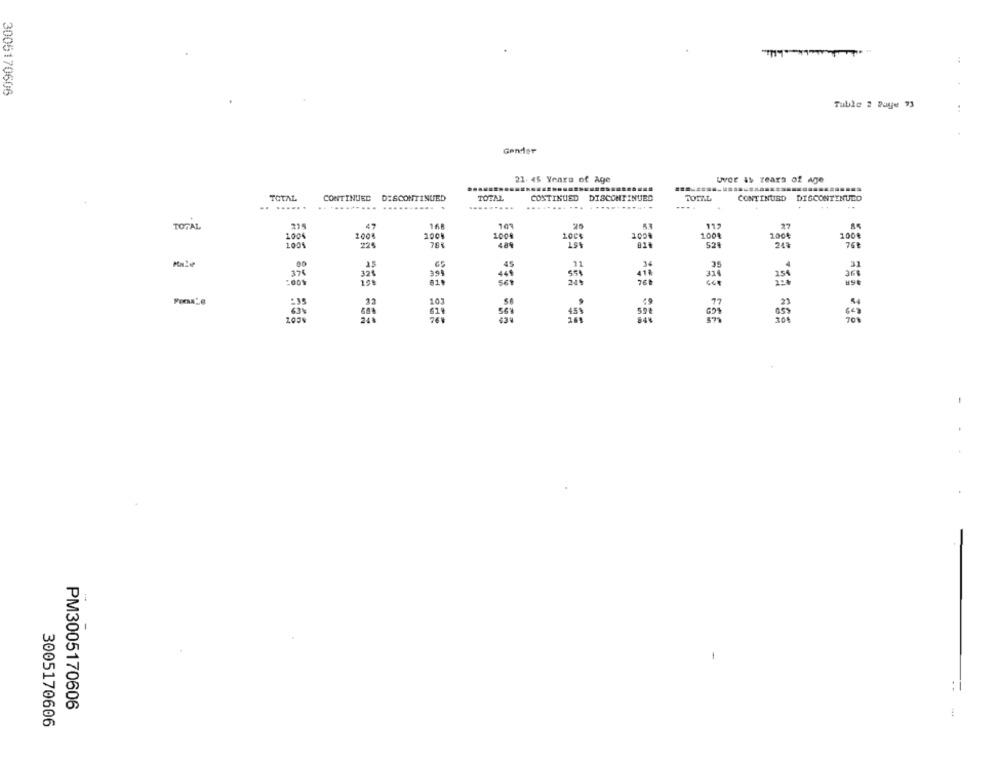
3005170606
Tuble 2 Page 73
Gender
21. 45 Years of Age
Uver as Years of Age
...............
TOTAL
CONTINUED
DISCONTINUED
TOTAL
CONTINUED
DISCONTINUED
TOTAL
CONTINUED DISCONTINUED
. ......
...........
---.....
........ ...
...
TOTAL
215
47
16
101
11,
27
1004
100%
100
1001
100
100
2004
100€
1005
229
761
484
52
24%
45
4
31
374
32%
449
31
154
36%
A11
249
:35
103
45%
248
76
84%
RES FEE
304
:
PM3005170606
:
3005170606